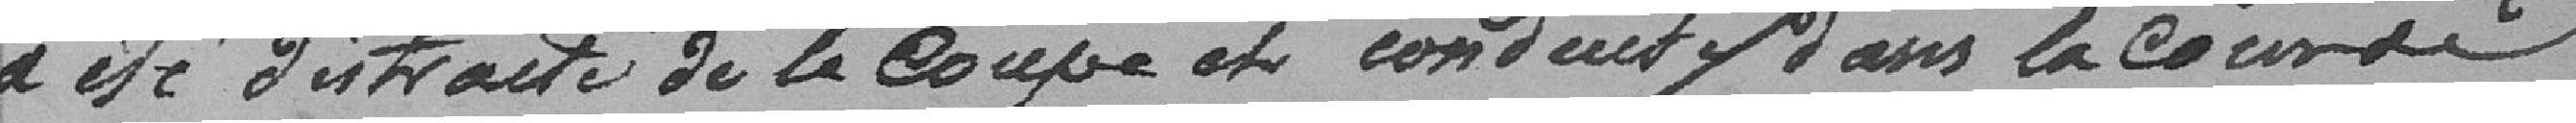
a été distraite de la Coupe et conduit dans la Cour de